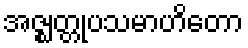
အဇ္ဈတ္တုပသမာဟိတော